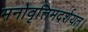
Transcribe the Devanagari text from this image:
मनोवृत्तिमदर्शयत्।